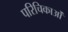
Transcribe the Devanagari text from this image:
परिचिकाओं